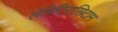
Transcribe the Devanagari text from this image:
लेविटिरासिटाम